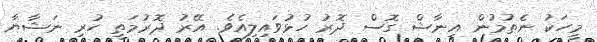
މީހަކު ނެތުމުން އީނާޝް ގޮސް ދޮރު ހުޅުވައިލިއެވެ. އޭރު ދޮރުމަތީ ހުރި ނަޝާޔާ